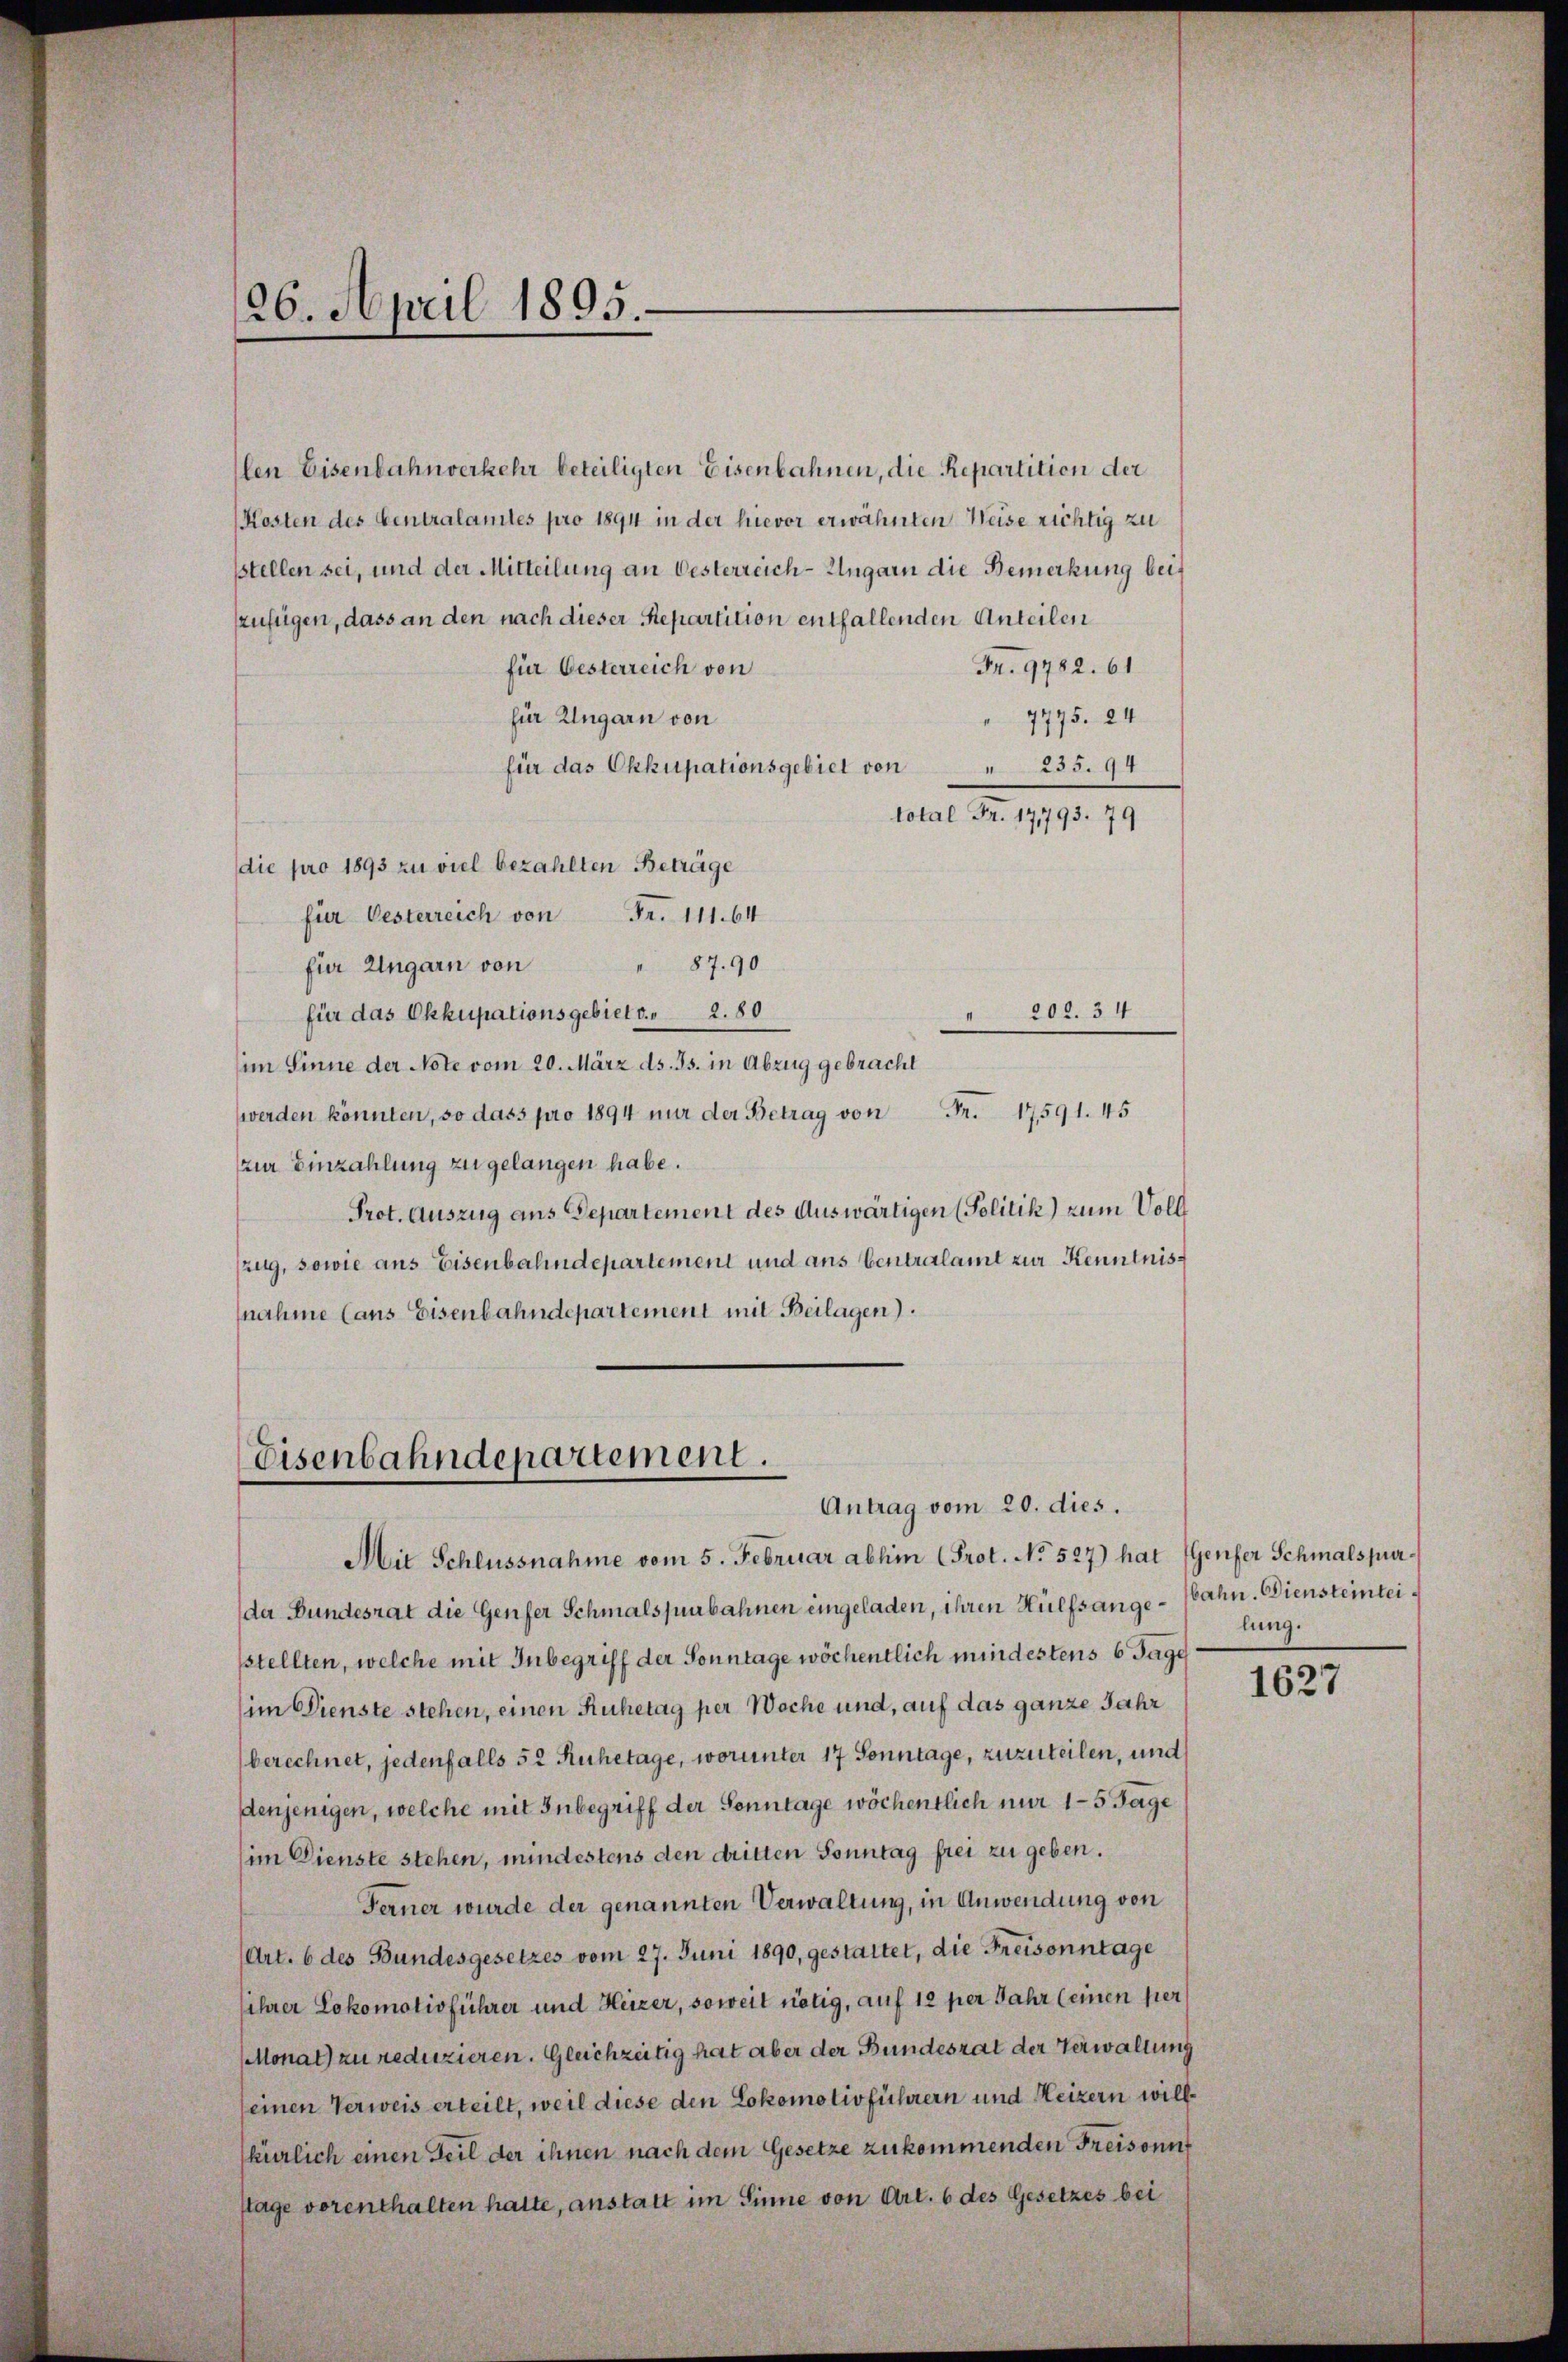
26. April 1895.

len Eisenbahnverkehr beteiligten Eisenbahnen, die Repartition der
Kosten des Centralamtes pro 1894 in der hievor erwähnten Weise richtig zu
sstellen sei, und der Mitteilung an Oesterreich-Ungarn die Bemerkung beiszufügen, dass an den nach dieser Repartition entfallenden Anteilen
für besterreich von
Fr. 9782. 61.
für Ungarn von
7775. 24
für das Okkupationsgebiet von " 235. 94
total Fr. 17793. 79
die pro 1893 zu viel bezahlten Beträge
für Oesterreich von Fr. 11164
für Ungarn von
87.90
für das Okkupationsgebiet v. 2. 80
 202. 54
im Sinne der Note vom 20. März ds. Js. in Abzug gebracht
werden könnten, so dass pro 1894 nur der Betrag von Fr. 17591. 45
zur Einzahlung zu gelangen habe.
Prot. Auszug aus Departement des Auswärtigen (Politik) zum Voll
zug, sowie aus Eisenbahndepartement und aus ventralamt zur Kenntnisnahme (aus Eisenbahndepartement mit Beilagen).

Eisenbahndepartement.
Antrag vom 20. dies.

Mit Schlussnahme vom 5. Februar abhin (Prot. No 527) hat (Genfer Schmalspurde Bundesrat die Genfer Schmalspurbahnen eingeladen, ihren Hülfsange-Nahn. Diensteinteisstellten, welche mit Inbegriff der Sonntage wöchentlich mindestens 6 Tage
im Dienste stehen, einen Ruhetag per Woche und, auf das ganze Jahr
berechnet, jedenfalls 52 Ruhetage, worunter 17 Sonntage, zuzuteilen, und
denjenigen, welche mit Inbegriff der Sonntage wöchentlich nur 15 Tage
im Dienste stehen, mindestens den dritten Sonntag frei zu geben.
Ferner wurde der genannten Verwaltung, in Anwendung von
(Art. 6 des Bundesgesetzes vom 27. Juni 1890, gestattet, die Freisonntage
(ihrer Lokomotivführer und Heizer, soweit nötig, auf 12 per Jahr (einen hier
Monat) zu reduzieren. Gleichzeitig hat aber der Bundesrat der Verwaltung
seinen Verweis erteilt, weil diese den Lokomotivführern und Heizern willkürlich einen Teil der ihnen nach dem Gesetze zukommenden Freisonnt
stage vorenthalten hatte, anstatt im Sinne von Art. 6 des Gesetzes bei

lung.

1627